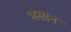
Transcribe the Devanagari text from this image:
भसान